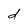
Character: d